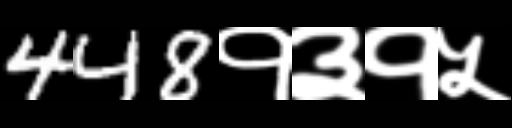
Text: 448१३१५